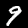
Digit: 9